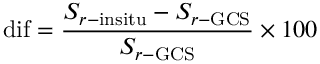
\mathrm { { d i f } } = \frac { S _ { { r - \mathrm { { i n s i t u } } } } - S _ { { r - \mathrm { { G C S } } } } } { S _ { { r - \mathrm { { G C S } } } } } \times 1 0 0 \